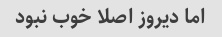
اما دیروز اصلا خوب نبود